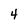
Character: 4